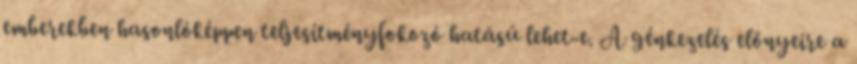
emberekben hasonlóképpen teljesítményfokozó hatású lehet-e. A génkezelés előnyeire a